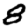
Digit: 8